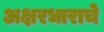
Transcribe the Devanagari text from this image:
अक्षरधाराचे